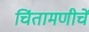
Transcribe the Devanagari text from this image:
चिंतामणीचें